NAE_EAA_T-354_Tartu_Tamme_Gumnaasium, lk 9
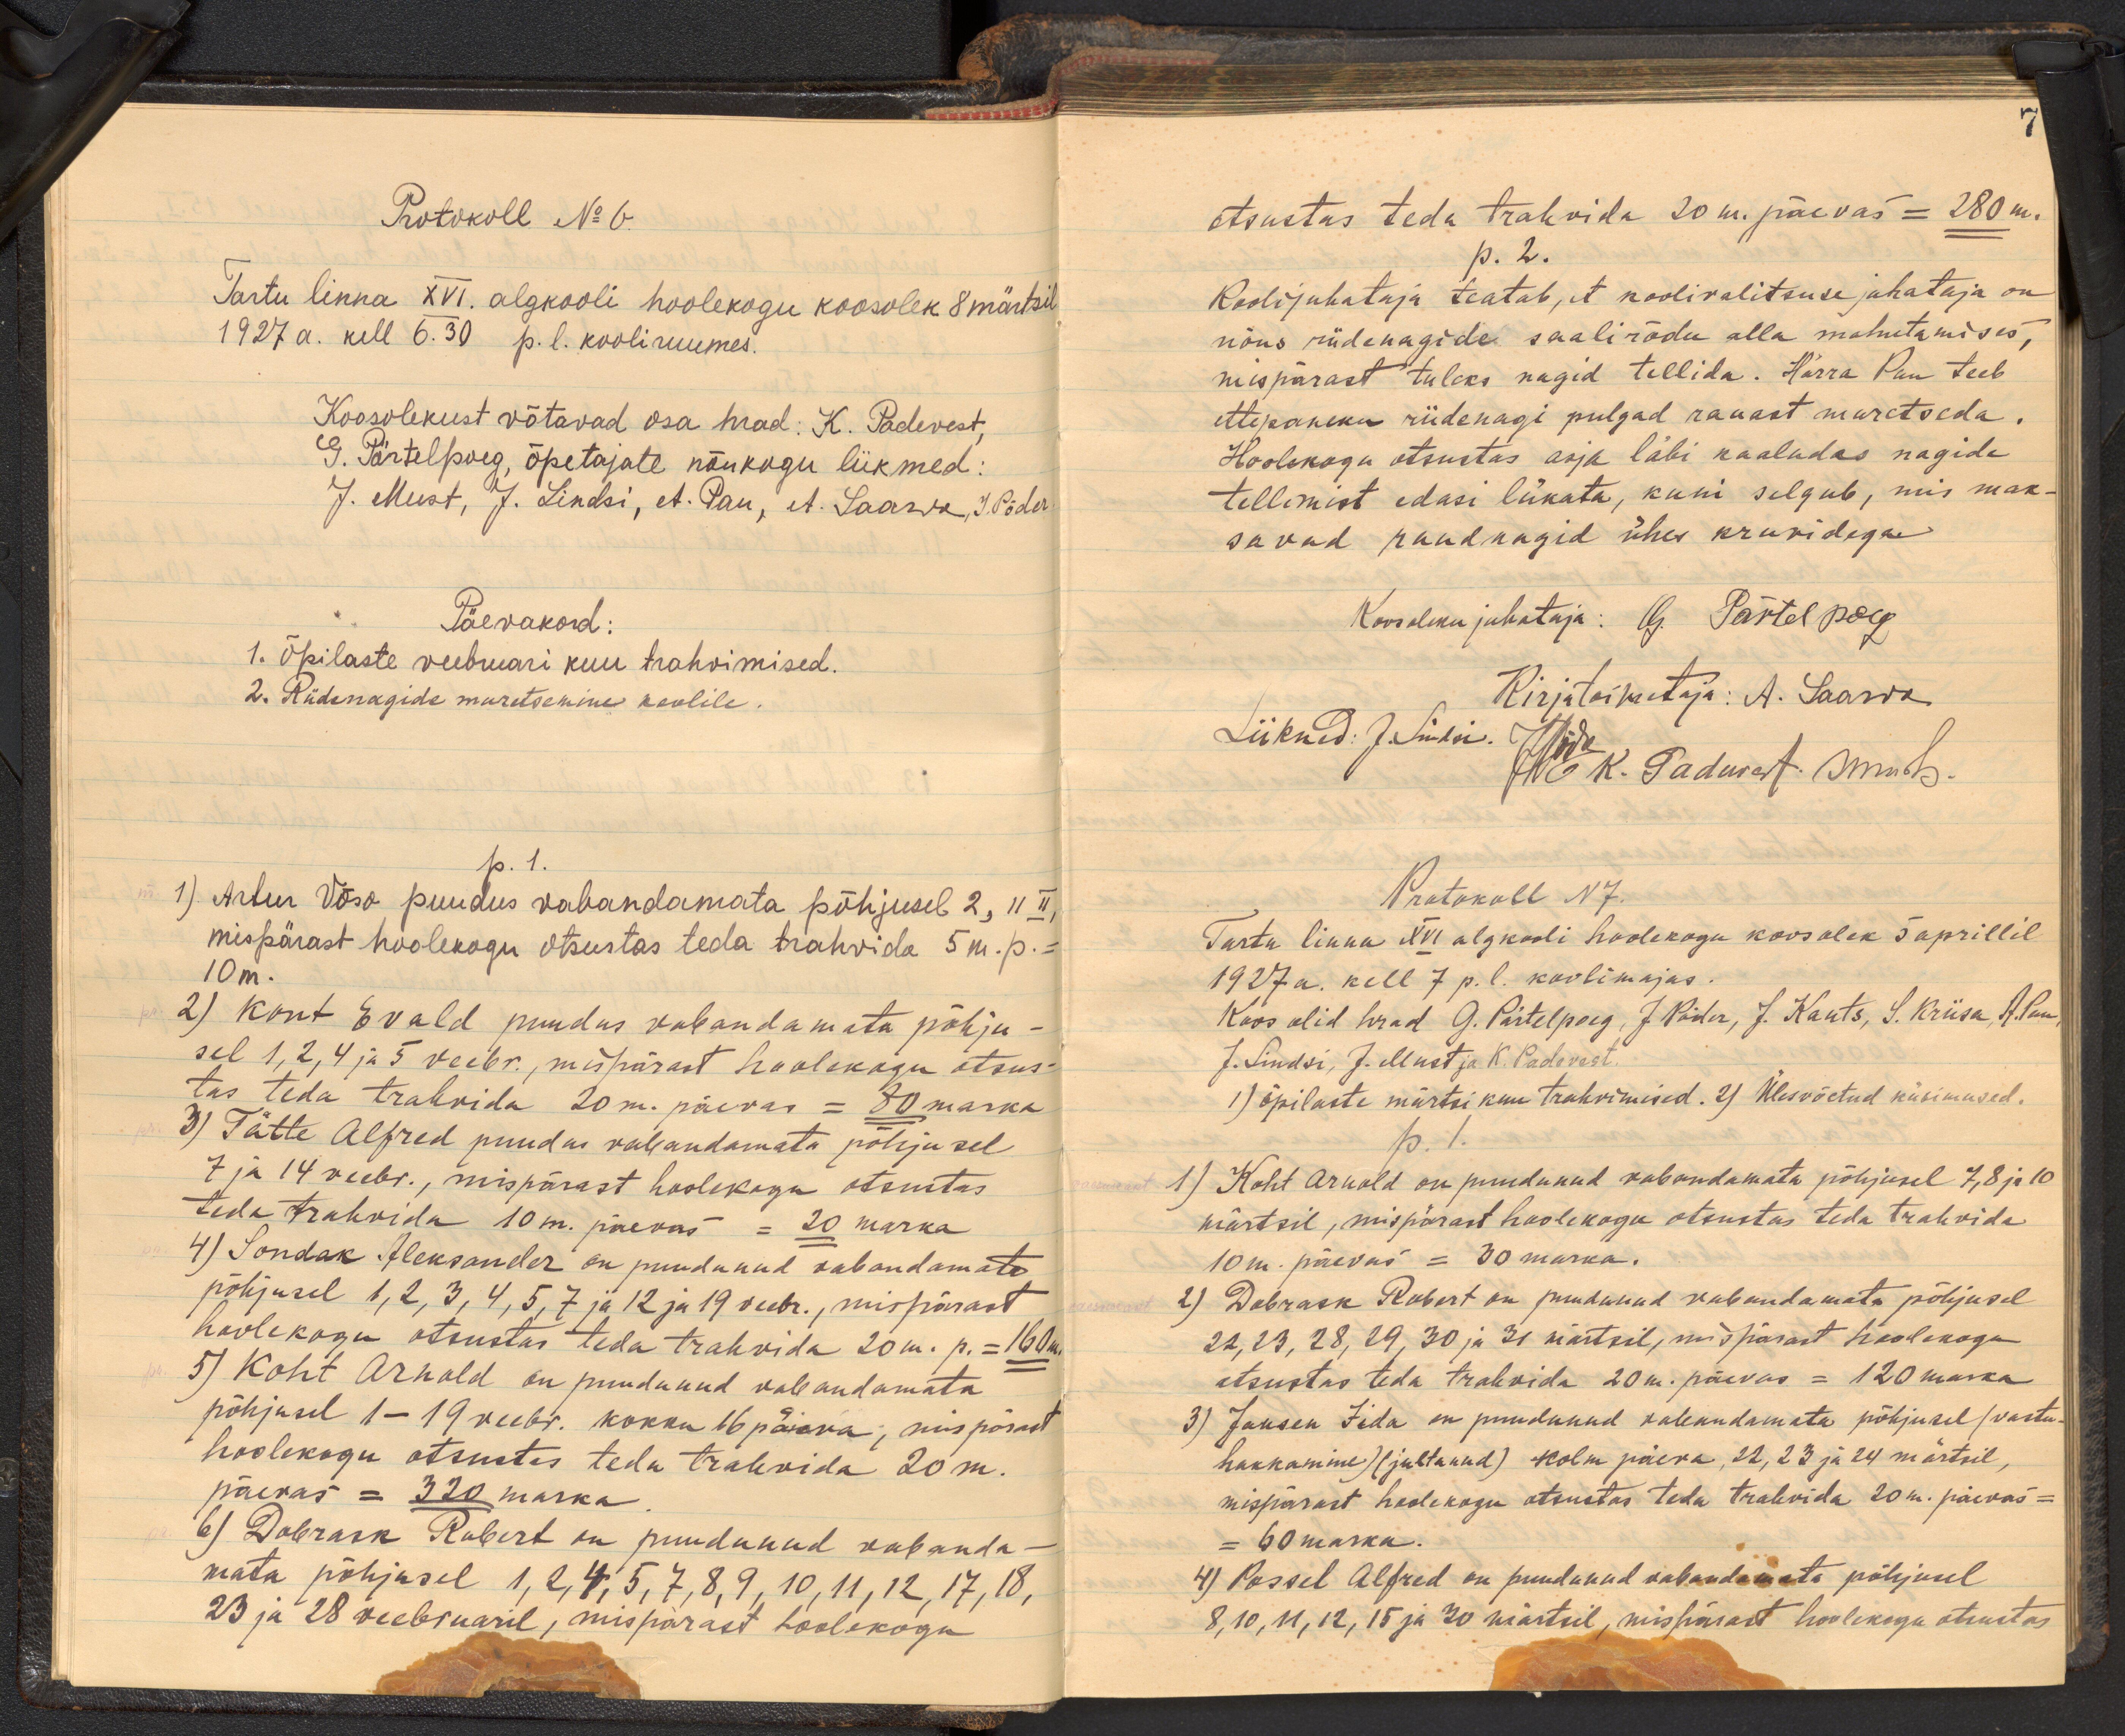
Protokoll No 6
Tartu linna XVI. algkooli hoolekogu koosolek 8 märtsil
1927 a. kell 6.30 p. l. kooli ruumes.
Koosolekust võtavad osa hrad: K. Padevest,
G. Pärtelpoeg, õpetajate nõukogu liikmed:
J. Must, J. Lindsi, A. Pau, A. Saarwa, J. Põder
Päevakord:
1. Õpilaste veebruari kuu trahvimised.
2. Riidenagide muretsemine koolile.
p. 1.
1) Artur Võso puudus vabandamata põhjusel 2, 11 II
mispärast hoolekogu otsustas teda trahvida 5 m. p.
10m.
2) Kont Evald puudus vabandamata põhju-
sel 1, 2, 4 ja 5 veebr., mispärast hoolekogu otsus
tas teda trahvida 20 m. päevas = 80 marka
3) Tätte Alfred puudus valjandamata põhjusel
7 ja 14 veebr. mispärast hoolekogu otsustas.
teda trahvida 10 m. päevas = 20 marka
4) Sondak Aleksander on puudunud vabandamata
põhjusel 1, 2, 3, 4, 5, 7 ja 12 ja 19 veebr., mispärast
hoolekogu otsustas teda trahvida 20 m. p. = 160 m.
5) Koht Arnold on puudunud vabandamata,
põhjusel 1-19 veebr. kokku 16 päeva, mispärast
hoolekogu otsustas teda trahvida 20 m.
päevas = 320 marka
6) Dobrask Robert on puudunud vabanda-
mata põhjusel 1 ,2, 4, 5, 7, 8, 9, 10, 11, 12, 17, 18,
23 ja 28 veebruaril, mispärast hoolekogu

otsustas teda trahvida 20 m. päevas = 280 m.
p. 2.
Kooli juhataja teatab, et koolivalitsuse juhataja on
nõus riidenagide saalirõdu alla mahutamises,
mispärast tuleks nagid tellida. Härra Pau teeb
ettepaneku riidenagi pulgad rauast muretseda.
Hoolekogu otsustas asja läbi kaaludas nagide
tellimist edasi lükata, kuni selgub, mis mak-
savad raudnagid ühes kruvidega
Koosoleku juhataja: G. Pärtelpoeg
Liikmed. J. Siubri Kirjatoimetaja: A. Saarwa
Jõde k. Padevest Smarts.
Protokoll N7.
Tartu linna XVI algkooli hoolekogu koosolek 5 aprillil
1927 a. kell 7 p. l. koolimajas.
Koos olid herad G. Pärtelpoeg, J. Põder, J. Kants, S. Kriisa, A. Pau
J. Lindsi, J. Must ja K. Padevest
1) õpilaste märtsikuu trahvimised. 2) Ülesvõetud küsimused.
p. 1.
1) Koht Arnold on puudunud vabandamata põhjusel 7, 8 ja 10
märtsil, mispärast hoolekogu otsustas teda trahvida
10 m. päevas = 30 marka.
2) Dobrask Robert on puudunud vabandamata põhjusel
22, 23, 28, 29, 30 ja 31 märtsil, mis pärast hoolekogu
atsustas teda trahvida 20 m. päevas = 120 marka
3) Jansen Iida on puudunud vabandamata põhjusel (vastu
hakkamine) (jultunud) kolm päeva, 22, 23 ja 24 märtsil,
mispärast hoolekogu otsustas teda trahvida 20 m. päevas=
= 60 marka.
4) Possel Alfred on puudunud vabandamata põhjusel,
8, 10, 11, 12, 15 ja 20 märtsil, mispärast hoolekogu otsustas